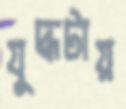
যুদ্ধটায়